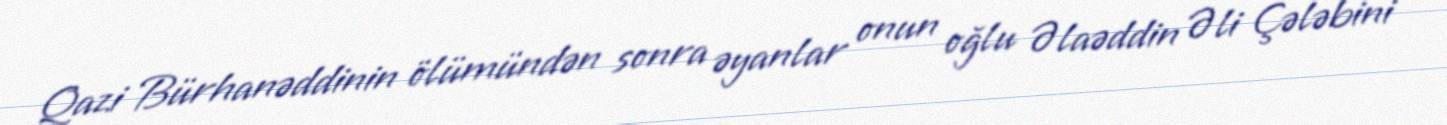
Qazi Bürhanəddinin ölümündən sonra əyanlar onun oğlu Əlaəddin Əli Çələbini